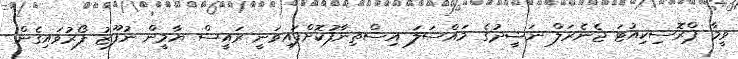
ވީމާ ޕްރޮސިކިއުޓަ ޖެނެރަލް ނަޝީދުގެ މައްސަލަ އިސްތިނާފުކޮށްފައިވަނީ ރައީސް ޔާމީން ނުފޫޒު ފޯރުވައިގެން